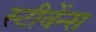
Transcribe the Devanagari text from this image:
स्टीवेंन्स